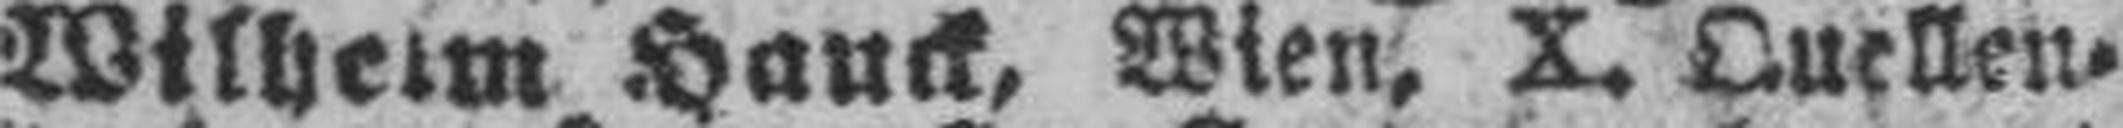
Wilhelm Hauck, Wien, X. Quellen¬